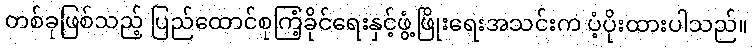
တစ်ခုဖြစ်သည့် ပြည်ထောင်စုကြံ့ခိုင်ရေးနှင့်ဖွံ့ဖြိုးရေးအသင်းက ပံ့ပိုးထားပါသည်။